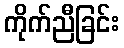
ကိုက်ညီခြင်း